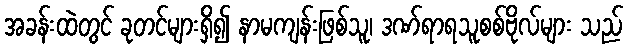
အခန်းထဲတွင် ခုတင်များရှိ၍ နာမကျန်းဖြစ်သူ၊ ဒဏ်ရာရသူစစ်ဗိုလ်များ သည်